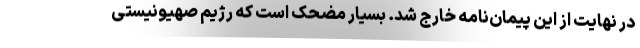
در نهایت از این پیمان‌نامه خارج شد. بسیار مضحک است که رژیم صهیونیستی